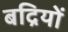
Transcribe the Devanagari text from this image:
बद्रियों